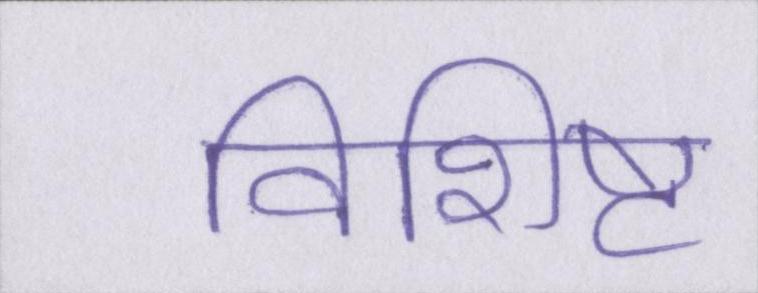
विशिष्ट